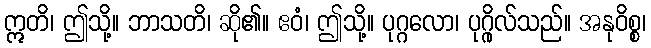
ဣတိ၊ ဤသို့။ ဘာသတိ၊ ဆို၏။ ဧဝံ၊ ဤသို့။ ပုဂ္ဂလော၊ ပုဂ္ဂိုလ်သည်။ အနုဝိစ္စ၊